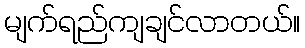
မျက်ရည်ကျချင်လာတယ်။